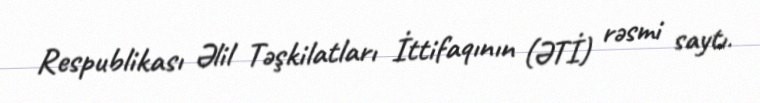
Respublikası Əlil Təşkilatları İttifaqının (ƏTİ) rəsmi saytı.